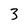
Character: 3